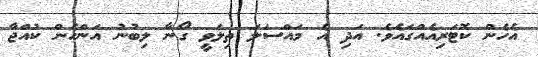
އެހެން ކޮޓަރިއެއްގައެވެ. އަދި އެ މައްސަލަ ތިލަވީ ގޯނާ ލިބުނު އަންހެން ކުއްޖާ